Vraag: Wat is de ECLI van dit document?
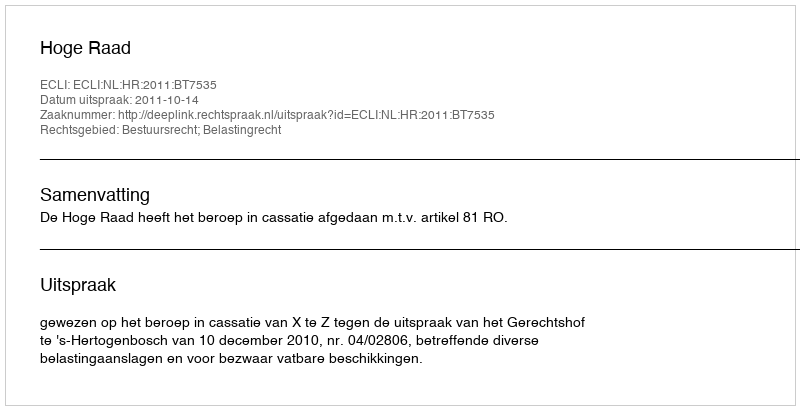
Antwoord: ECLI:NL:HR:2011:BT7535